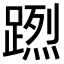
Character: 𨃻